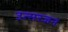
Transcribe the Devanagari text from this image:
उत्सरजन